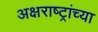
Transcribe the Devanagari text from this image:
अक्षराष्ट्रांच्या